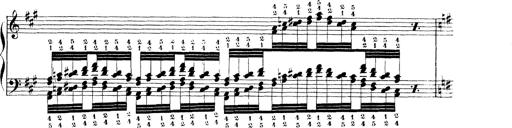
Title: Technische Studien
Composer: Franz Liszt